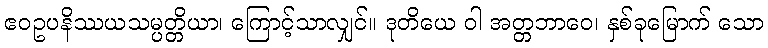
ဧဝဥပနိဿယသမ္ပတ္တိယာ၊ ကြောင့်သာလျှင်။ ဒုတိယေ ဝါ အတ္တဘာဝေ၊ နှစ်ခုမြောက် သော